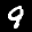
Label: 9